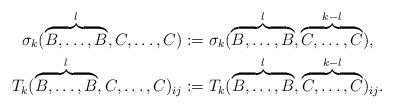
LaTeX: \begin{align*} \sigma_{k}(\overbrace{B,\dotsc,B}^{l},C,\dotsc,C) & :=\sigma_{k}(\overbrace{B,\dotsc,B}^{l},\overbrace{C,\dotsc,C}^{k-l}), \\ T_{k}(\overbrace{B,\dotsc,B}^{l},C,\dotsc,C)_{ij} & :=T_{k}(\overbrace{B,\dotsc,B}^{l},\overbrace{C,\dotsc,C}^{k-l})_{ij}.\end{align*}